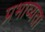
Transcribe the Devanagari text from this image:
प्रभाव्यता